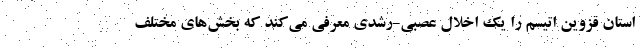
استان قزوین اتیسم را یک اخلال عصبی-رشدی معرفی می‌کند که بخش‌های مختلف